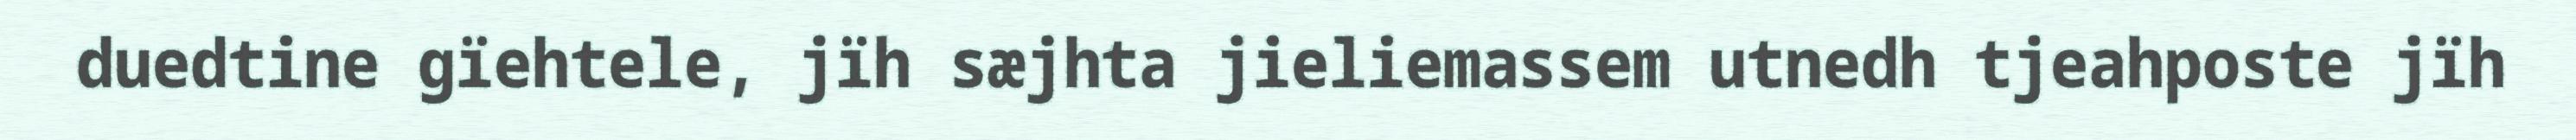
duedtine gïehtele, jïh sæjhta jieliemassem utnedh tjeahposte jïh